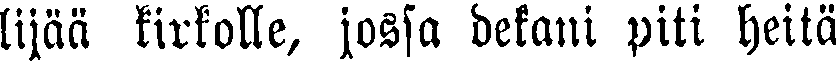
lijää kirkolle, jossa dekani piti heitä